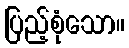
ပြည့်စုံသော။